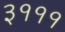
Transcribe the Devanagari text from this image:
३१११